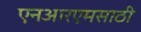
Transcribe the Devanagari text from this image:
एनआरएमसाठी